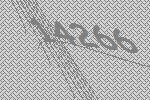
14266